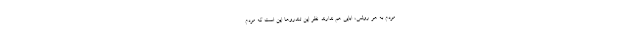
مردم به هر روشی، ابایی هم ندارند. نظر این تندروها این است که مردم